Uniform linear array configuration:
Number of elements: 48
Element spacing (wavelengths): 0.75
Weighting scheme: hamming
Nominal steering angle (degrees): -15
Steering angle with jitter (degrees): -15.247
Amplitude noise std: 0.05
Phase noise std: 0.05

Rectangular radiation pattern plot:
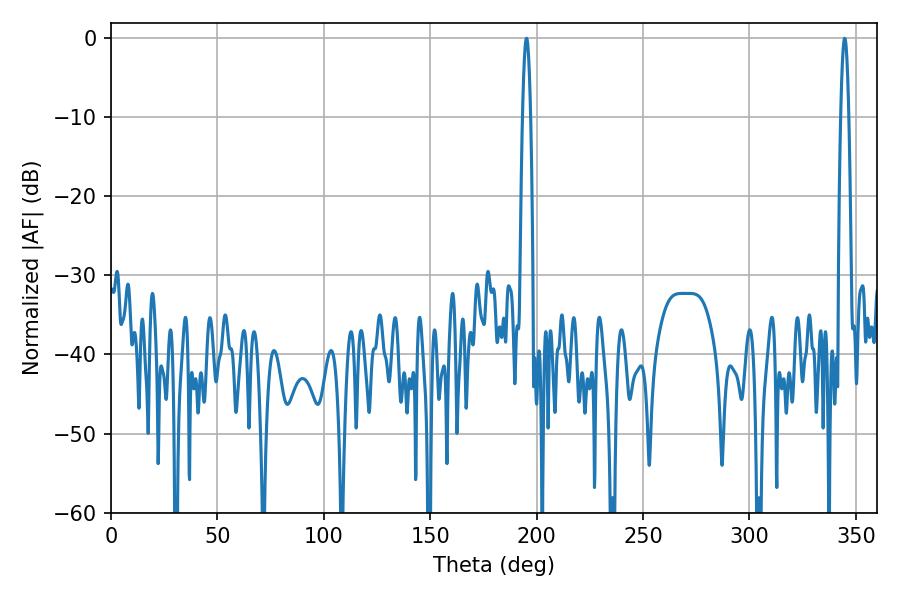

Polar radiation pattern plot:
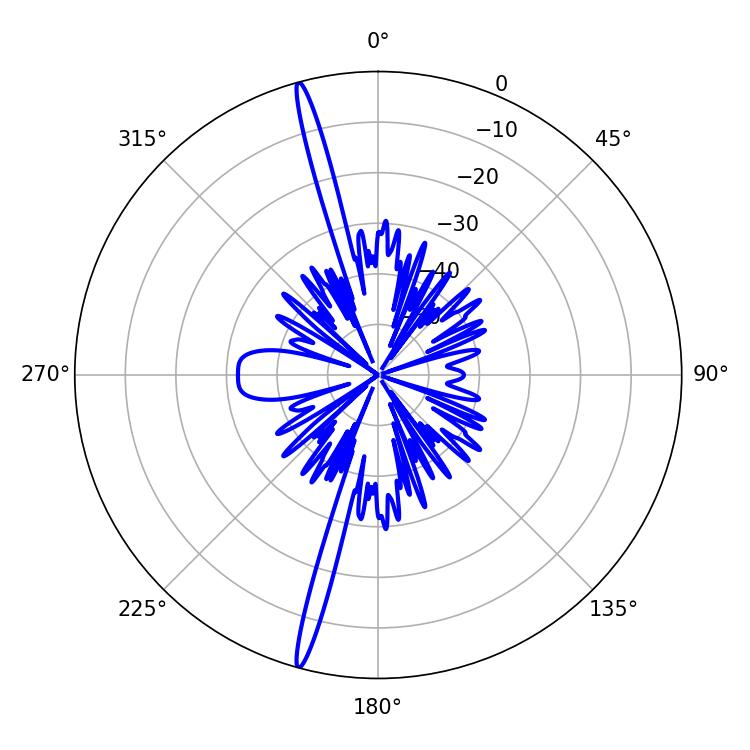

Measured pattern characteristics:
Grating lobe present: TRUE
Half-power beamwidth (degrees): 1.98
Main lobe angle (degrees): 344.7